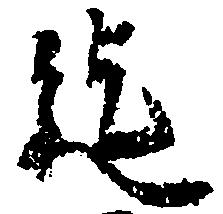
迄